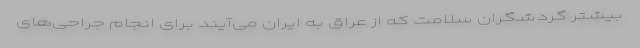
بیشتر گردشگران سلامت که از عراق به ایران می‌آیند برای انجام جراحی‌های